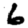
Digit: 6